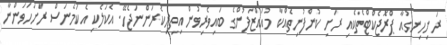
ރަށިހިނގުއާ ޕްރޮޖެކްޓްތެކެއި ރަށި ކުންފުނިތެއްކާ މުއައްޒަފުންގެ ބައިވެރިވުން އިތިރިކެރަންނަޖެހޭ. އެކަލެކި އެކަމެނަސް ރަށަހަވަންނާ